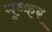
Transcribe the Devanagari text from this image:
मुष्कर